Statistical return of the lunatic asylum in Assam - 1912-1932
Year: 1912
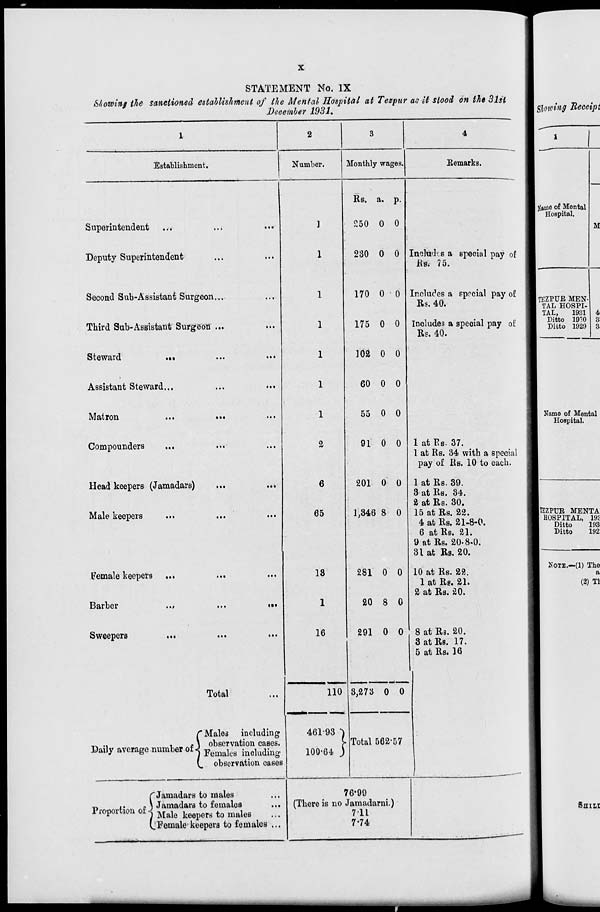
STATEMENT No. IX
Showing the sanctioned establishment of the Mental Hospital at Tezpur ac it stood on the 31si
December 1931.
Establishment.
Superintendent
Deputy Superintendent
Second Sub-Assistant Surgeon...
Third Sub-Assistant Surgeon ...
Steward
«••
Assistant Steward...
Matron
Compounders
Head keepers (Jamadars)
Male keepers
Female keepers
Barber
Sweepers
>>t
Number.
Monthly wages.
Eemarks.
Total
»••
C Males including
TV ..
,
£ \ observation cases.
Daily average number of J Pema , eB .^l ud&g
V. observation oases
fJaraadars to males
■ o
i'
*\ Jamadars to females
...
Proportion of j Me ^m to mftlflB
(.Female keepers to females ...
2
6
65
18
1
16
Us. a. p.
£50 0 0
230 0 0
170 0 0
175 0 0
103 0 0
60 0 0
55 0 0
91 0 0
201 0 0
1,346 8 0
Includes a special pay of
m 75.
Includes a special pay o£
Rs. 40.
Includes a special pay of
Rs. 40.
281 0 0
20 8 0
1 at Rs. 37.
1 at Rs. 34 with a special
pay of Rs. 10 to each.
1 at Rs. 39.
3 at Rs. 34.
2 at Rs. 30.
15 at Rs. 22.
4 at Rs. 21-8-0.
6 at Rs. 21.
9 at Rs. 20-8-0.
31 at Rs. 20.
10 at Rs. 22.
1 at Rg. 21.
2 at Rs. 20.
110
291 0 0 I 8 at Rs. 20.
3 at Rs. 17.
5 at Rs. 16
3,273 0 0
461-93
100
•93 }
64 J
Total 562-57
76-99
(There is no Jamadarni.)
711
7-74
Showing Receipt
Name of Mental
Hospital.